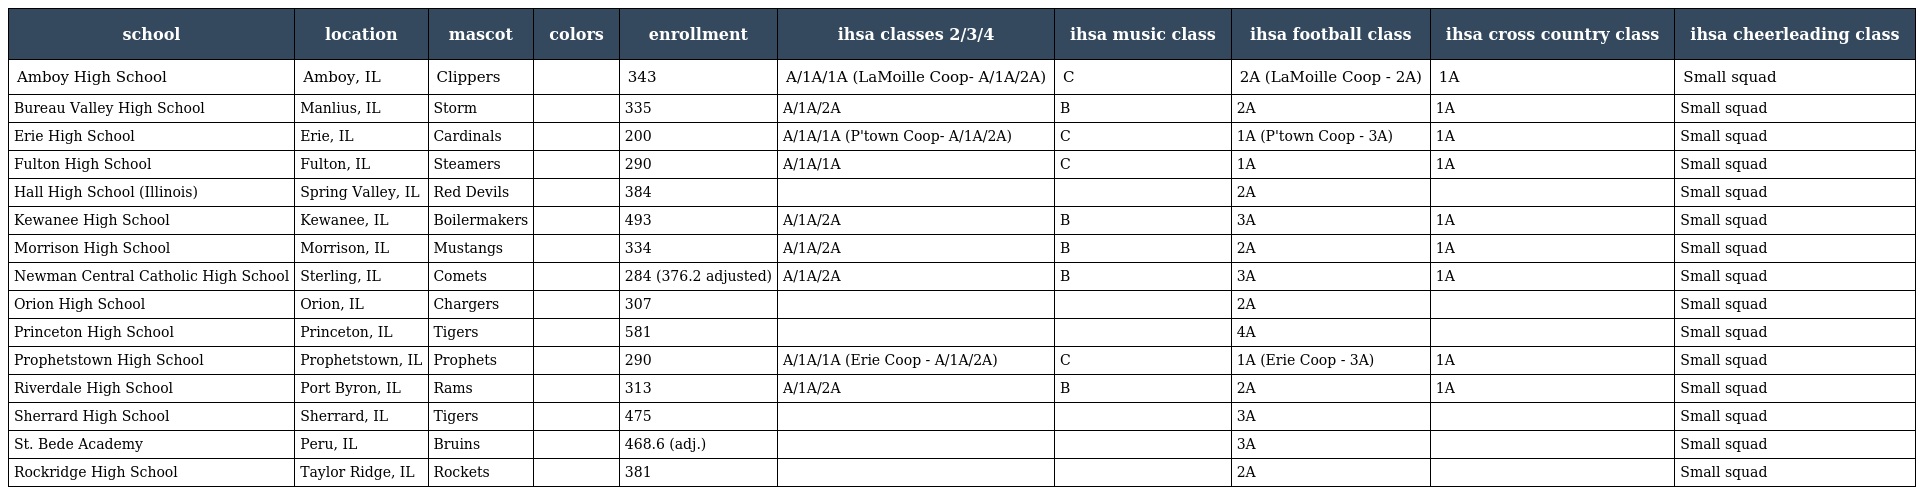
| school | location | mascot | colors | enrollment | ihsa classes 2/3/4 | ihsa music class | ihsa football class | ihsa cross country class | ihsa cheerleading class |
 | --- | --- | --- | --- | --- | --- | --- | --- | --- | --- |
 | Amboy High School | Amboy, IL | Clippers |  | 343 | A/1A/1A (LaMoille Coop- A/1A/2A) | C | 2A (LaMoille Coop - 2A) | 1A | Small squad |
 | Bureau Valley High School | Manlius, IL | Storm |  | 335 | A/1A/2A | B | 2A | 1A | Small squad |
 | Erie High School | Erie, IL | Cardinals |  | 200 | A/1A/1A (P'town Coop- A/1A/2A) | C | 1A (P'town Coop - 3A) | 1A | Small squad |
 | Fulton High School | Fulton, IL | Steamers |  | 290 | A/1A/1A | C | 1A | 1A | Small squad |
 | Hall High School (Illinois) | Spring Valley, IL | Red Devils |  | 384 |  |  | 2A |  | Small squad |
 | Kewanee High School | Kewanee, IL | Boilermakers |  | 493 | A/1A/2A | B | 3A | 1A | Small squad |
 | Morrison High School | Morrison, IL | Mustangs |  | 334 | A/1A/2A | B | 2A | 1A | Small squad |
 | Newman Central Catholic High School | Sterling, IL | Comets |  | 284 (376.2 adjusted) | A/1A/2A | B | 3A | 1A | Small squad |
 | Orion High School | Orion, IL | Chargers |  | 307 |  |  | 2A |  | Small squad |
 | Princeton High School | Princeton, IL | Tigers |  | 581 |  |  | 4A |  | Small squad |
 | Prophetstown High School | Prophetstown, IL | Prophets |  | 290 | A/1A/1A (Erie Coop - A/1A/2A) | C | 1A (Erie Coop - 3A) | 1A | Small squad |
 | Riverdale High School | Port Byron, IL | Rams |  | 313 | A/1A/2A | B | 2A | 1A | Small squad |
 | Sherrard High School | Sherrard, IL | Tigers |  | 475 |  |  | 3A |  | Small squad |
 | St. Bede Academy | Peru, IL | Bruins |  | 468.6 (adj.) |  |  | 3A |  | Small squad |
 | Rockridge High School | Taylor Ridge, IL | Rockets |  | 381 |  |  | 2A |  | Small squad |